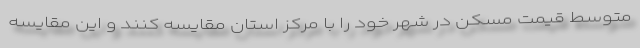
متوسط قیمت مسکن در شهر خود را با مرکز استان مقایسه کنند و این مقایسه